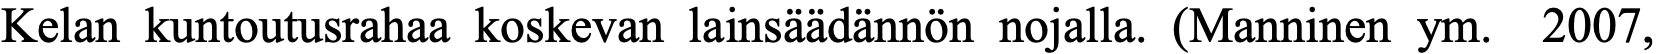
Kelan kuntoutusrahaa koskevan lainsäädännön nojalla. (Manninen ym. 2007,